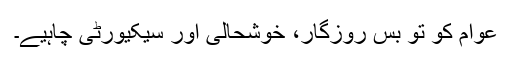
عوام کو تو بس روزگار، خوشحالی اور سیکیورٹی چاہیے۔